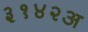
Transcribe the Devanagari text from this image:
३१४२अ